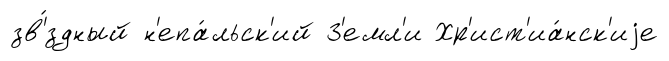
зв'́здный н'епа́льск'ий З'емл'и Хр'ист'иа́нск'иjе